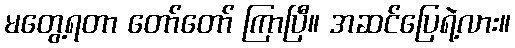
မတွေ့ရတာ တော်တော် ကြာပြီ။ အဆင်ပြေရဲ့လား။